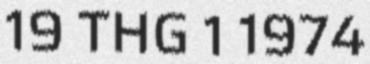
19 THG 1 1974